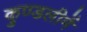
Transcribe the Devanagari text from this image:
कुण्डलीमें